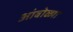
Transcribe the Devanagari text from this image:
आंबोळ्या